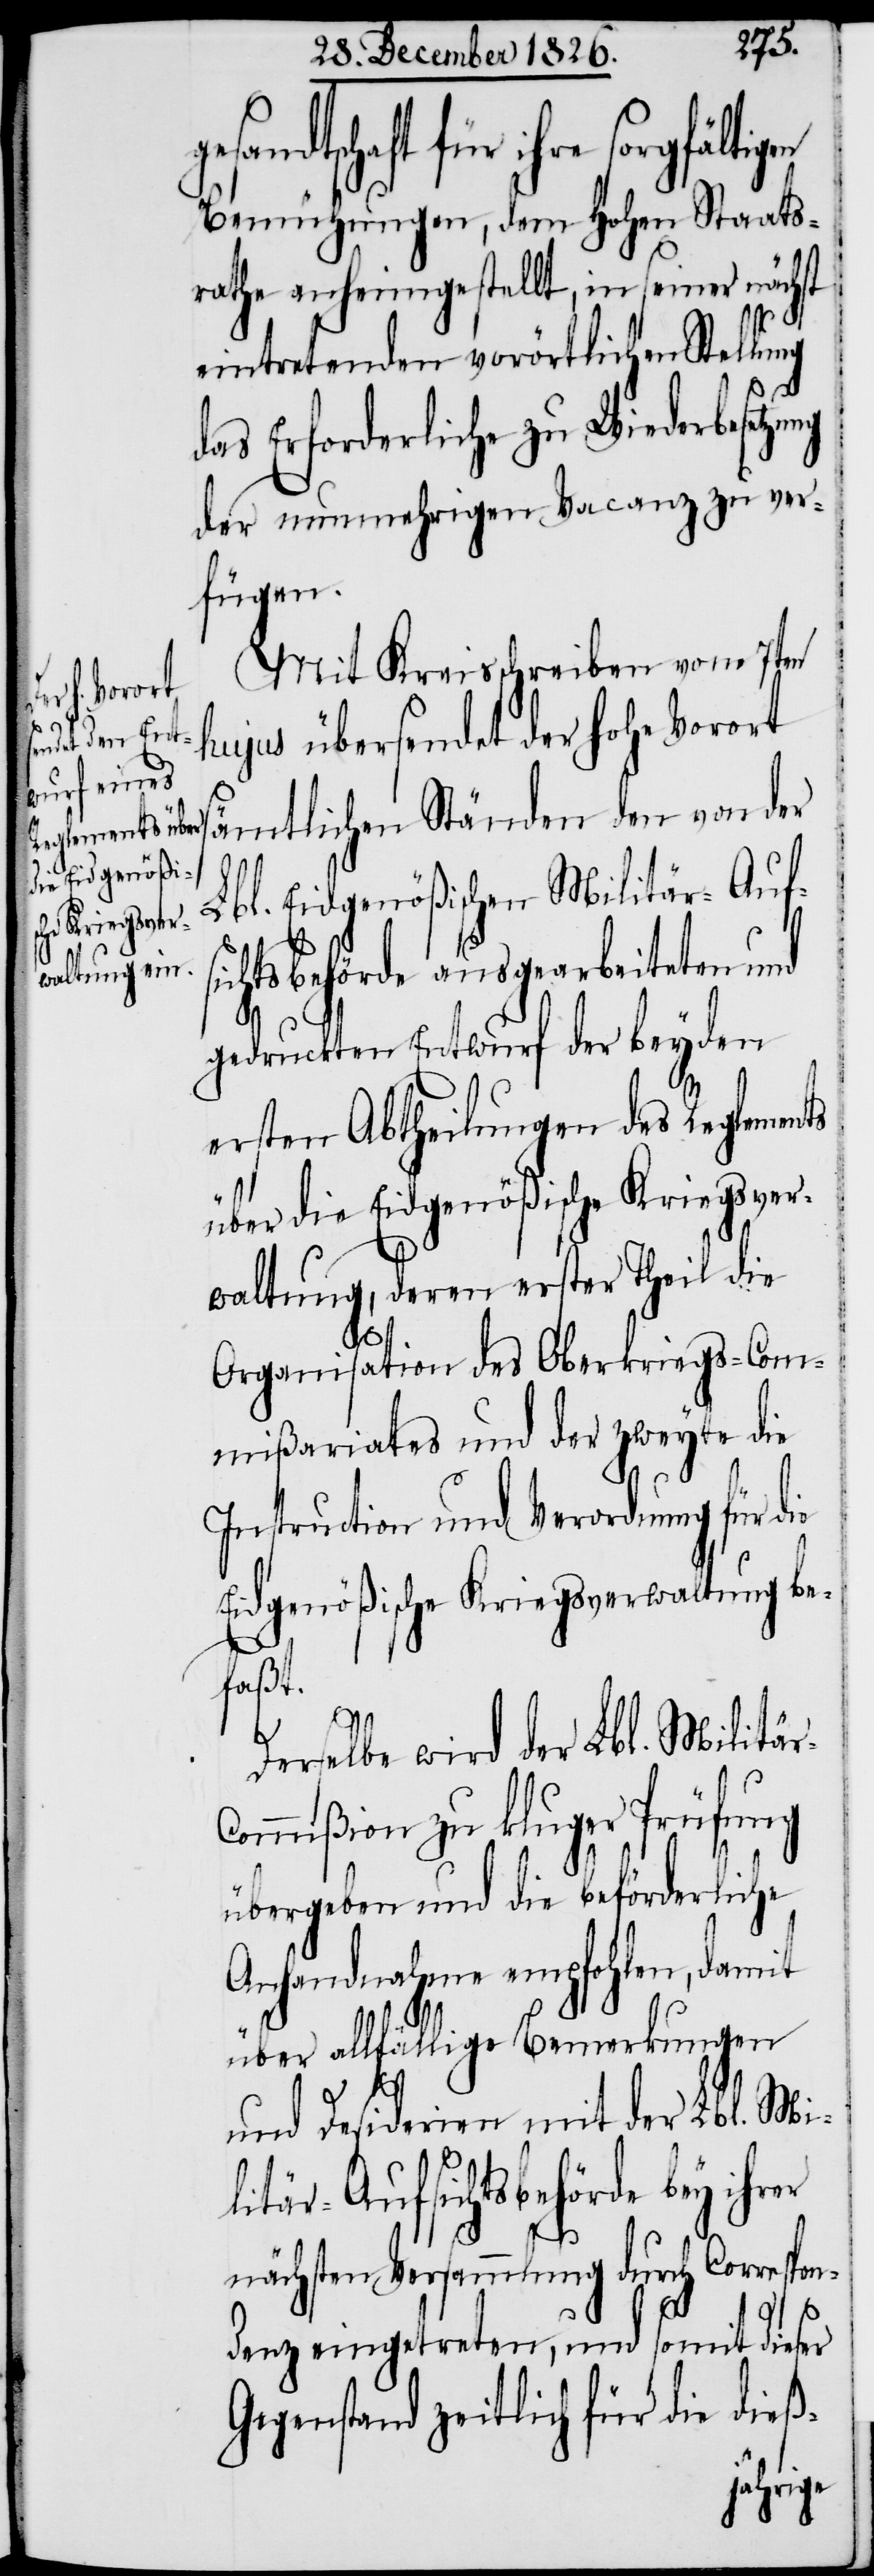
esandtschaft für ihre
Bemühungen, dem Hohen Staats¬
rathe anheimgestellt, in seiner nächst
eintretenden vorörtlichen Stellu¬
das Erforderliche zu Wiederbesetzung
der nunmehrigen Vacanz zu ver¬
fügen.
Mit Kreisschreiben vom 7ten
hujus übersendet der hohe Vorort
sämtlichen Ständen den von der
Lbl. Eidgenößischen Militär-Aufs¬
ichtsbehörde ausgearbeiteten und
gedruckten Entwurf der beyden
ersten Abtheilungen des Reglements
über die Eidgenößische Kriegsver¬
er
waltung, deren erster Theil die
Organisation des Oberkriegs-Com¬
mißariates und der zweyte die
Instruction und Verordnung für die
Eidgenößische Kriegsverwaltung be¬
faßt.
Derselbe wird der Lbl. Militä¬
ommißion zu kluger Prüfung
übergeben und die beförderliche
Anhandnahme empfohlen, damit
über allfällige Bemerkungen
und Desiderien mit der Lbl. Mi¬
litär-Aufsichtsbehörde bey ihr¬
nächsten Versammlung durch Correspon¬
denz eingetreten, und somit dieser
Gegenstand zeitlich für die dieß-
ng